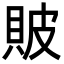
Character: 貱